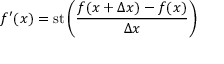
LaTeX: f ^ { \prime } ( x ) = \mathrm { { s t } } \left( { \frac { f ( x + \Delta x ) - f ( x ) } { \Delta x } } \right)